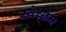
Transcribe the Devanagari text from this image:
स्वेच्छेन